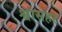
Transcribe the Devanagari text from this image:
श्वासहर